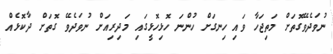
ނުވަދެވޭގޮތަށް މަތިޖަހާ ވައި ހިނގަށް ހުންނަ ހޮޅިހޮޅީގައި މަދިރިއަށް ނުވަދެވޭ ގޮތަށް ދާކޮޅެއް